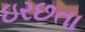
ઇરછતા